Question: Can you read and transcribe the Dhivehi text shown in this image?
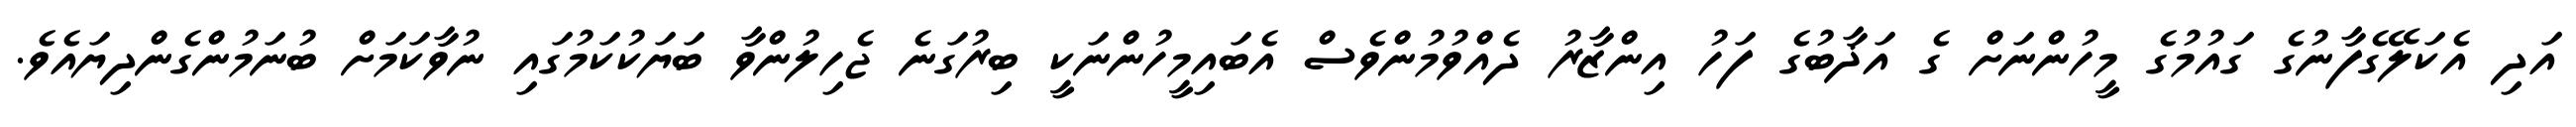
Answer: އަދި އެކަލޭގެފާނުގެ ގައުމުގެ މީހުންނަށް ގެ އަޛާބުގެ ފަހު އިންޒާރު ދެއްވުމުންވެސް އެބައިމީހުންނަކީ ބިރުގަނެ ޖެހިލުންވާ ބަޔަކުކަމުގައި ނުވާކަމަށް ބުނަމުންގެންދިޔައެވެ.